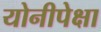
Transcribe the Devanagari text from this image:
योनीपेक्षा